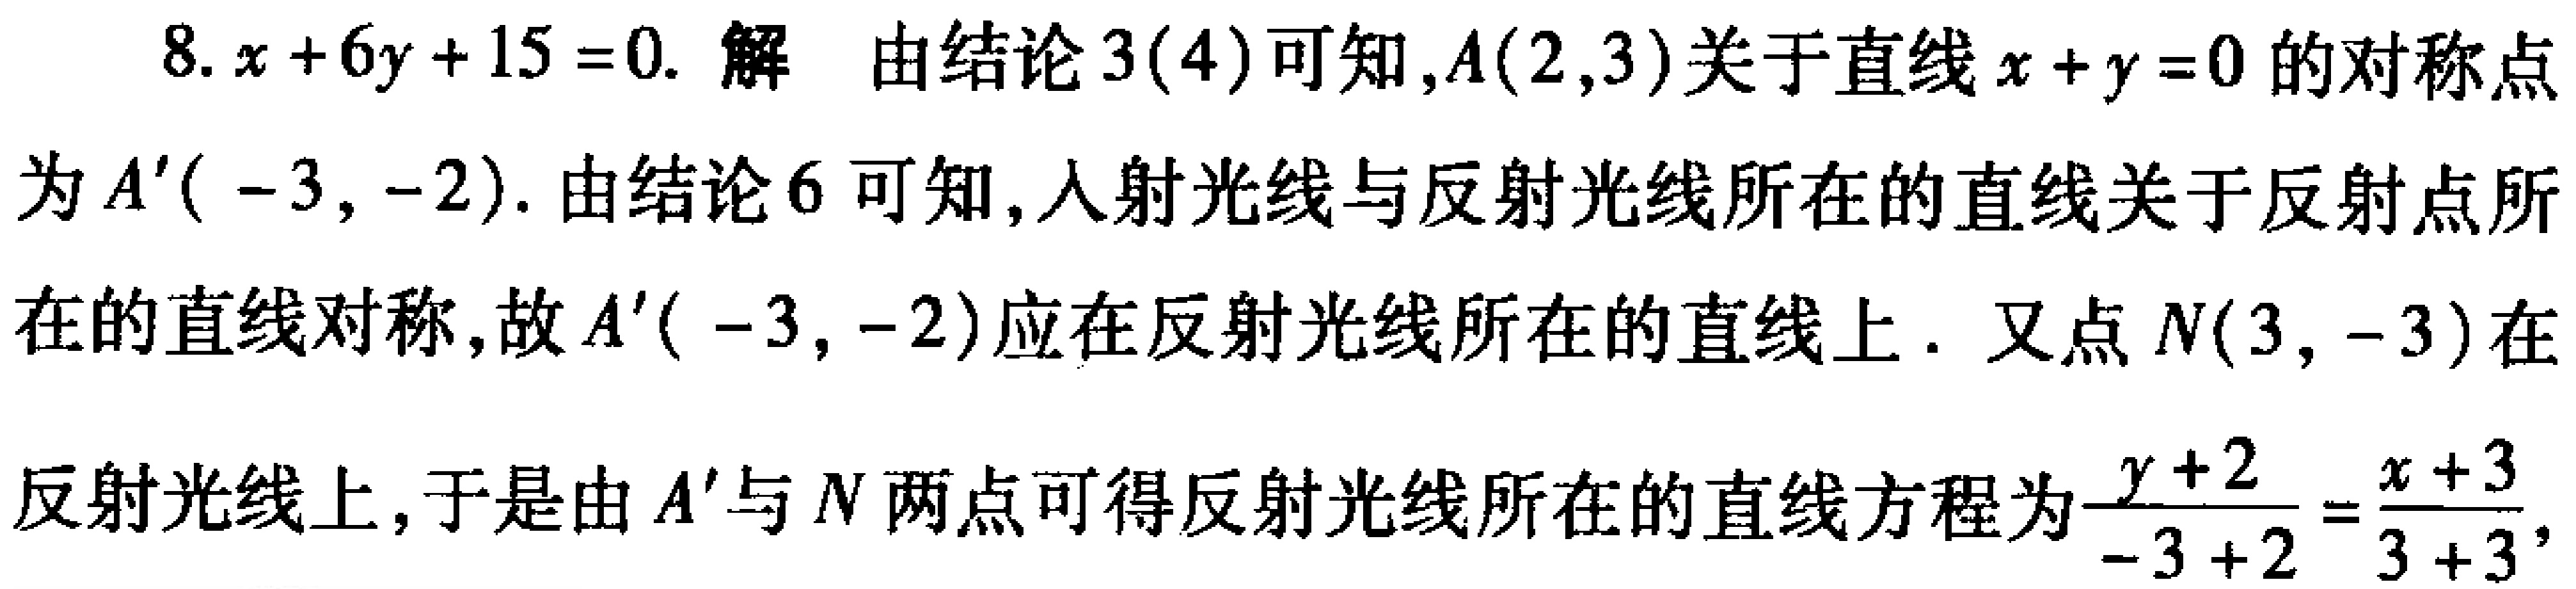
8. \(x + 6y + 15 = 0\). 解 由结论3(4)可知，\(A(2,3)\)关于直线\(x + y = 0\)的对称点为\(A'(-3,-2)\). 由结论6可知，入射光线与反射光线所在的直线关于反射点所在的直线对称，故\(A'(-3,-2)\)应在反射光线所在的直线上. 又点\(N(3,-3)\)在反射光线上，于是由\(A'\)与\(N\)两点可得反射光线所在的直线方程为\(\frac{y + 2}{-3 + 2}=\frac{x + 3}{3 + 3}\)，